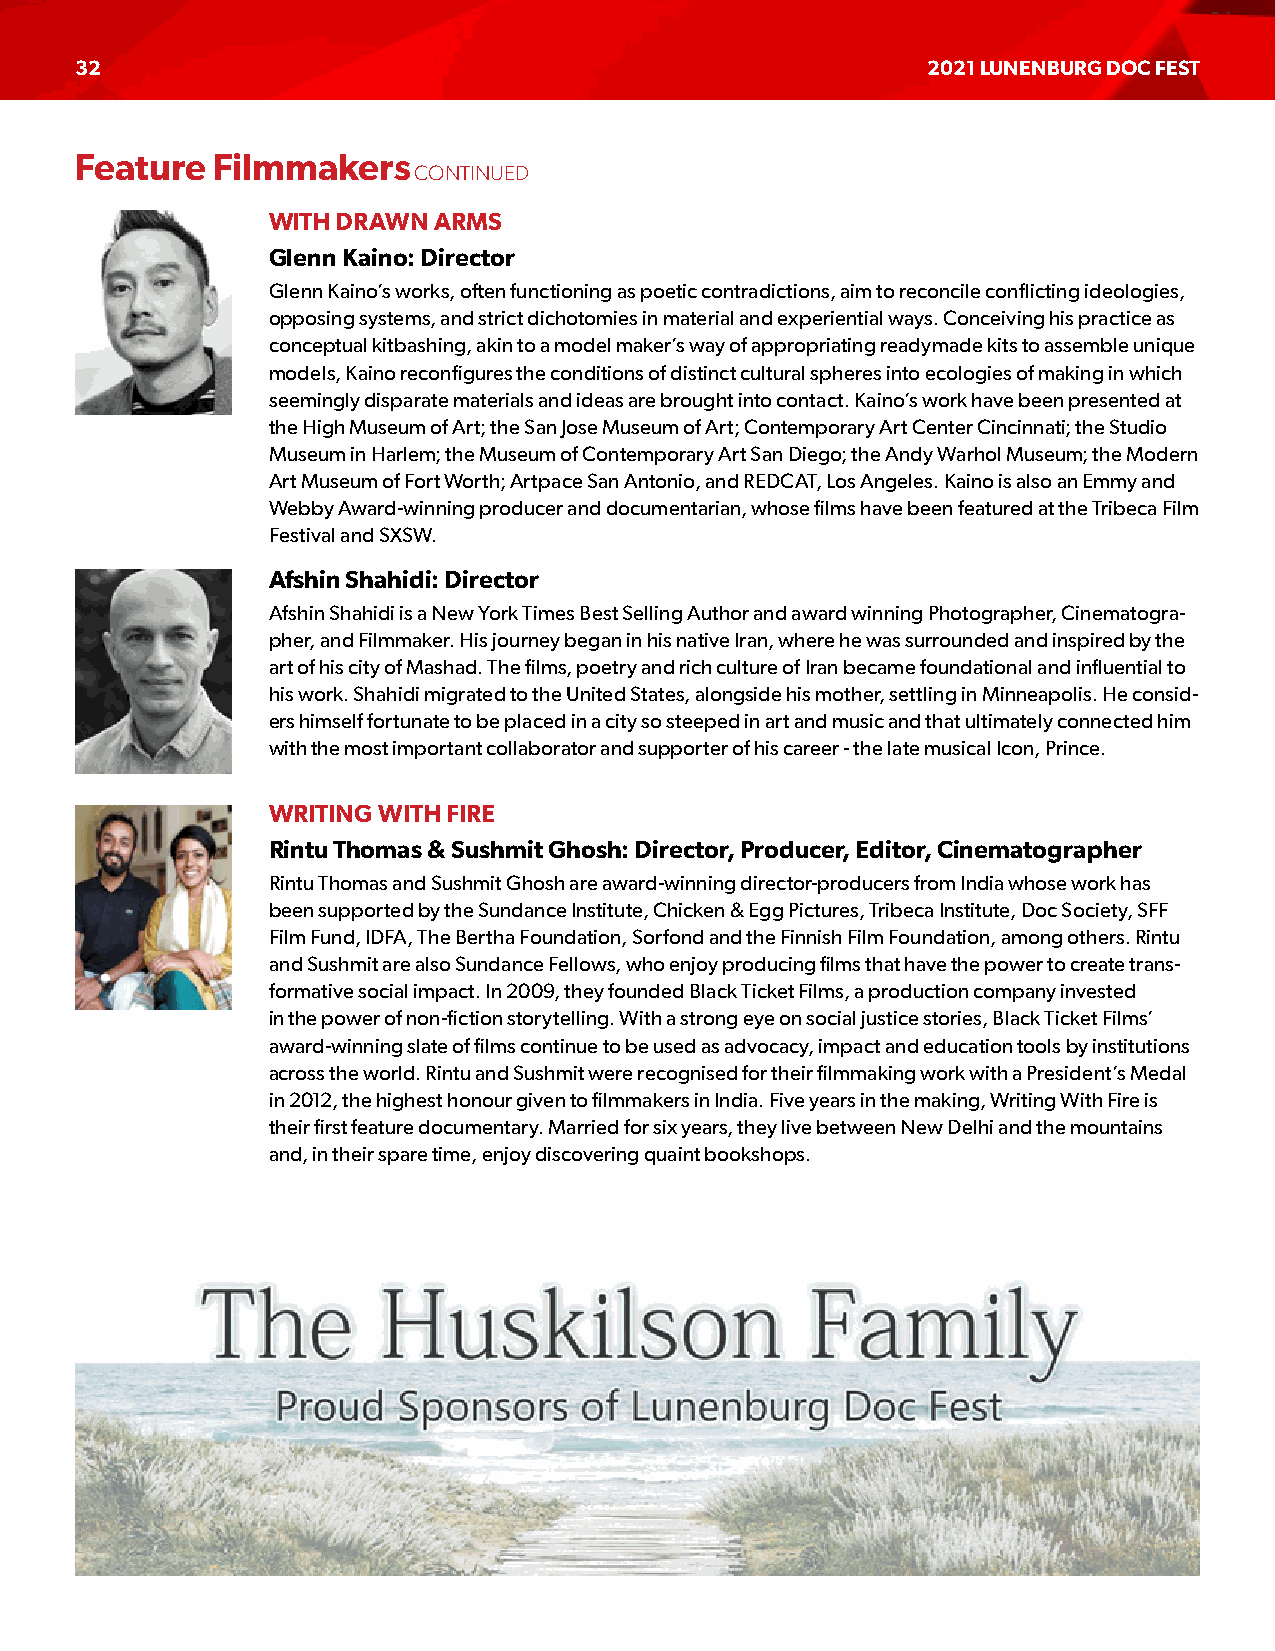
32                                                      2021 LUNENBURG DOC FEST
 Feature  Filmmakers
 CONTINUED
 WITH DRAWN ARMS
 Glenn Kaino: Director
 Glenn Kaino’s works, often functioning as poetic contradictions, aim to reconcile conflicting ideologies,
 opposing systems, and strict dichotomies in material and experiential ways. Conceiving his practice as
 conceptual kitbashing, akin to a model maker’s way of appropriating readymade kits to assemble unique
 models, Kaino reconfigures the conditions of distinct cultural spheres into ecologies of making in which
 seemingly disparate materials and ideas are brought into contact. Kaino’s work have been presented at
 the High Museum of Art; the San Jose Museum of Art; Contemporary Art Center Cincinnati; the Studio
 Museum in Harlem; the Museum of Contemporary Art San Diego; the Andy Warhol Museum; the Modern
 Art Museum of Fort Worth; Artpace San Antonio, and REDCAT, Los Angeles. Kaino is also an Emmy and
 Webby Award-winning producer and documentarian, whose films have been featured at the Tribeca Film
 Festival and SXSW.
 Afshin Shahidi: Director
 Afshin Shahidi is a New York Times Best Selling Author and award winning Photographer, Cinematogra-
 pher, and Filmmaker. His journey began in his native Iran, where he was surrounded and inspired by the
 art of his city of Mashad. The films, poetry and rich culture of Iran became foundational and influential to
 his work. Shahidi migrated to the United States, alongside his mother, settling in Minneapolis. He consid-
 ers himself fortunate to be placed in a city so steeped in art and music and that ultimately connected him
 with the most important collaborator and supporter of his career - the late musical Icon, Prince.
 WRITING WITH FIRE
 Rintu Thomas & Sushmit Ghosh: Director, Producer, Editor, Cinematographer
 Rintu Thomas and Sushmit Ghosh are award-winning director-producers from India whose work has
 been supported by the Sundance Institute, Chicken & Egg Pictures, Tribeca Institute, Doc Society, SFF
 Film Fund, IDFA, The Bertha Foundation, Sorfond and the Finnish Film Foundation, among others. Rintu
 and Sushmit are also Sundance Fellows, who enjoy producing films that have the power to create trans-
 formative social impact. In 2009, they founded Black Ticket Films, a production company invested
 in the power of non-fiction storytelling. With a strong eye on social justice stories, Black Ticket Films’
 award-winning slate of films continue to be used as advocacy, impact and education tools by institutions
 across the world. Rintu and Sushmit were recognised for their filmmaking work with a President’s Medal
 in 2012, the highest honour given to filmmakers in India. Five years in the making, Writing With Fire is
 their first feature documentary. Married for six years, they live between New Delhi and the mountains
 and, in their spare time, enjoy discovering quaint bookshops.